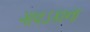
ગાવડકાના